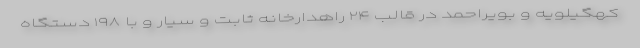
کهگیلویه و بویراحمد در قالب ۲۴ راهدارخانه ثابت و سیار و با ۱۹۸ دستگاه